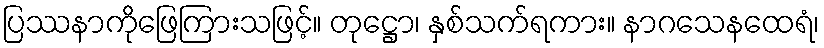
ပြဿနာကိုဖြေကြားသဖြင့်။ တုဋ္ဌော၊ နှစ်သက်ရကား။ နာဂသေနထေရံ၊